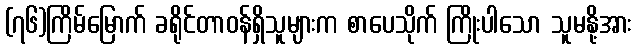
(၇၆)ကြိမ်မြောက် ခရိုင်တာဝန်ရှိသူများက စာပေသိုက် ကြိုးပါသော သူမနို့အား